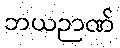
ဘယဉာဏ်